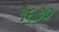
૧૬૭૦